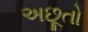
અછૂતો